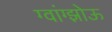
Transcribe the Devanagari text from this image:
ग्वांग्झोऊ